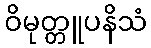
ဝိမုတ္တူပနိသံ